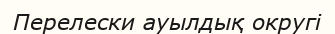
Перелески ауылдық округі